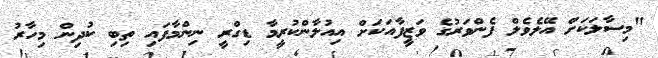
"މިސާލަކަށް އޭލެވެލް ފެންވަރުގެ ވަޒީފާއަކަށް އިއުލާންކުރީމާ ޑިގްރީ ނިންމާފައި ތިބި ކުދިން މިހާރު